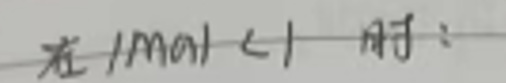
在 \(\mathrm{mol}| < 1\) 时：